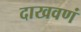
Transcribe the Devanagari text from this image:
दाखवणं